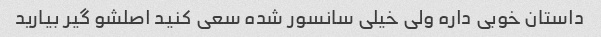
داستان خوبی داره ولی خیلی سانسور شده سعی کنید اصلشو گیر بیارید